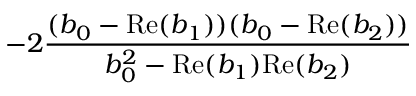
- 2 \frac { ( b _ { 0 } - \mathrm { R e } ( b _ { 1 } ) ) ( b _ { 0 } - \mathrm { R e } ( b _ { 2 } ) ) } { b _ { 0 } ^ { 2 } - \mathrm { R e } ( b _ { 1 } ) \mathrm { R e } ( b _ { 2 } ) }